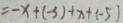
= - x + ( - 3 ) + x + ( - 5 )